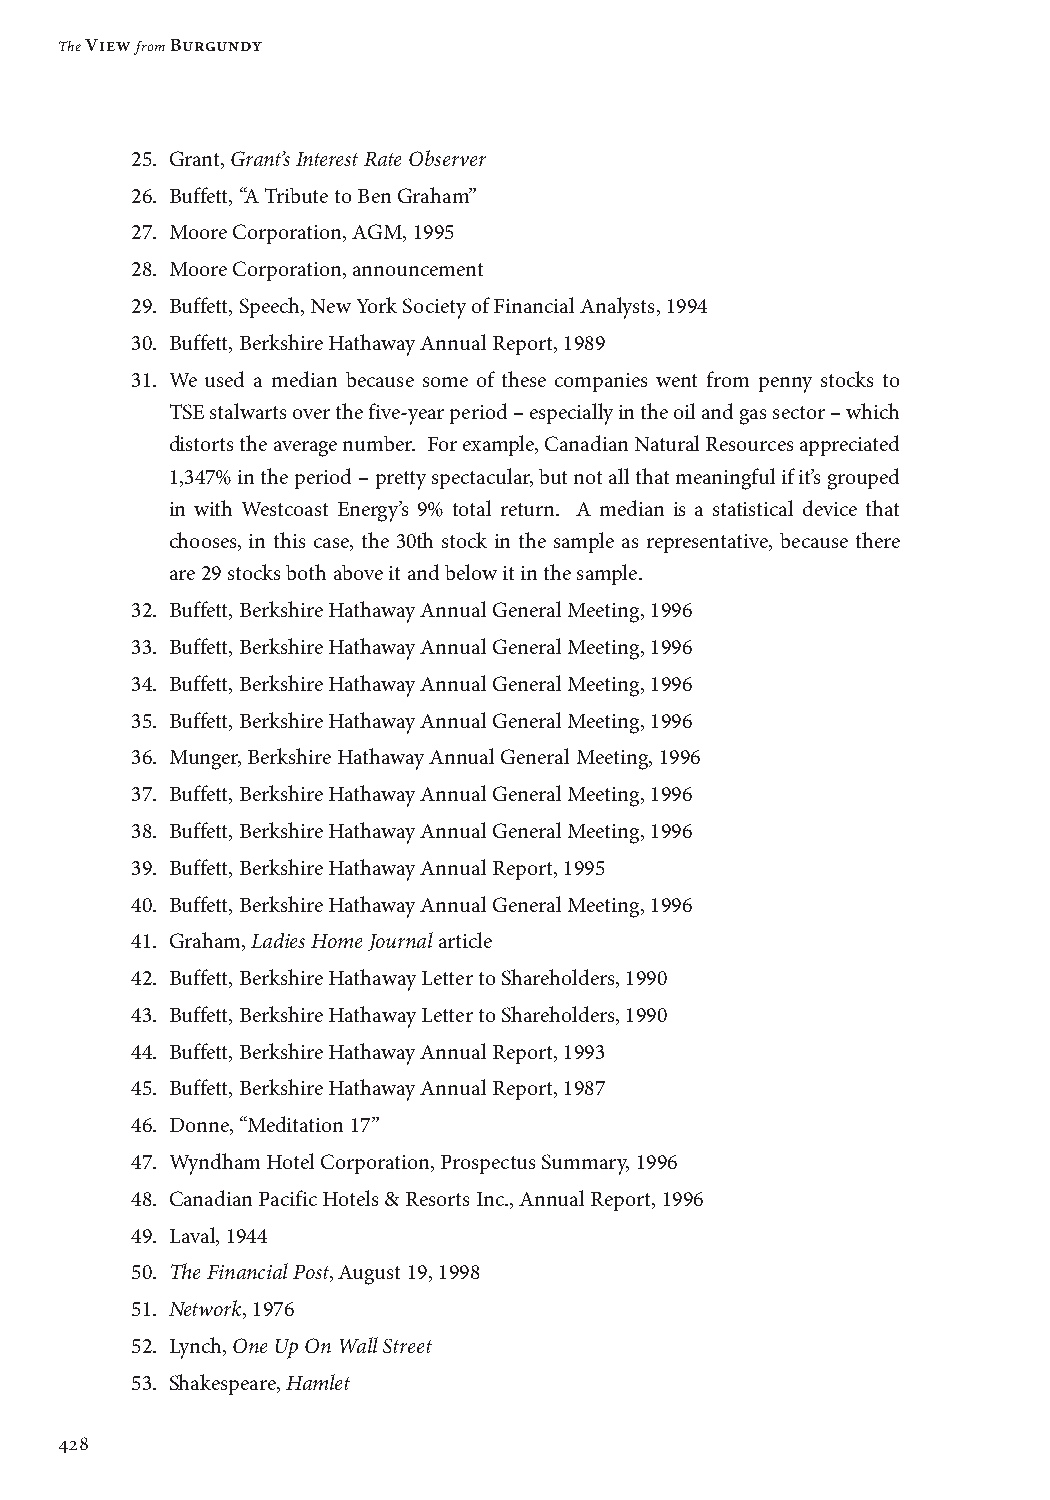
The View from Burgundy
 25. Grant, Grant’s Interest Rate Observer
 26. Buffett, “A Tribute to Ben Graham”
 27. Moore Corporation, AGM, 1995
 28. Moore Corporation, announcement
 29. Buffett, Speech, New York Society of Financial Analysts, 1994
 30. Buffett, Berkshire Hathaway Annual Report, 1989
 31. W e used a median because some of these companies went from penny stocks to
 TSE stalwarts over the five-year period – especially in the oil and gas sector – which
 distorts the average number. For example, Canadian Natural Resources appreciated
 1,347% in the period – pretty spectacular, but not all that meaningful if it’s grouped
 in with Westcoast Energy’s 9% total return. A median is a statistical device that
 chooses, in this case, the 30th stock in the sample as representative, because there
 are 29 stocks both above it and below it in the sample.
 32. Buffett, Berkshire Hathaway Annual General Meeting, 1996
 33. Buffett, Berkshire Hathaway Annual General Meeting, 1996
 34. Buffett, Berkshire Hathaway Annual General Meeting, 1996
 35. Buffett, Berkshire Hathaway Annual General Meeting, 1996
 36. Munger, Berkshire Hathaway Annual General Meeting, 1996
 37. Buffett, Berkshire Hathaway Annual General Meeting, 1996
 38. Buffett, Berkshire Hathaway Annual General Meeting, 1996
 39. Buffett, Berkshire Hathaway Annual Report, 1995
 40. Buffett, Berkshire Hathaway Annual General Meeting, 1996
 41. Graham, Ladies Home Journal article
 42. Buffett, Berkshire Hathaway Letter to Shareholders, 1990
 43. Buffett, Berkshire Hathaway Letter to Shareholders, 1990
 44. Buffett, Berkshire Hathaway Annual Report, 1993
 45. Buffett, Berkshire Hathaway Annual Report, 1987
 46. Donne, “Meditation 17”
 47. Wyndham Hotel Corporation, Prospectus Summary, 1996
 48. Canadian Pacific Hotels & Resorts Inc., Annual Report, 1996
 49. Laval, 1944
 50. The Financial Post, August 19, 1998
 51. Network, 1976
 52. Lynch, One Up On Wall Street
 53. Shakespeare, Hamlet
 428